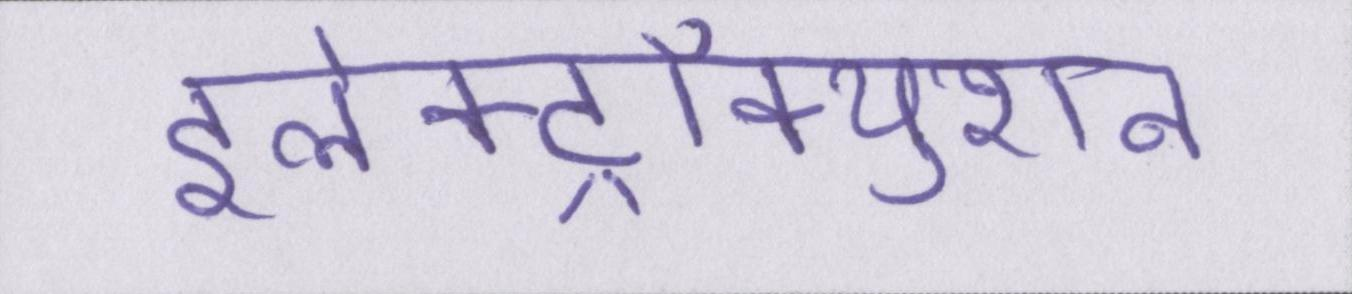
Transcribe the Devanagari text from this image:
इलेक्ट्रॉक्युशन